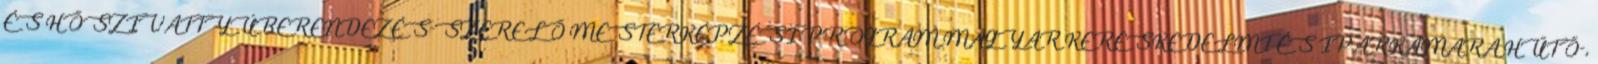
ÉS HŐSZIVATTYÚBERENDEZÉS-SZERELŐ MESTERKÉPZÉSI PROGRAM MAGYAR KERESKEDELMI ÉS IPARKAMARA HŰTŐ-,